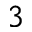
^ 3